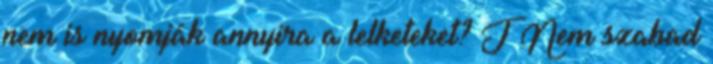
nem is nyomják annyira a lelketeket? J Nem szabad